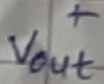
Text: +Vout